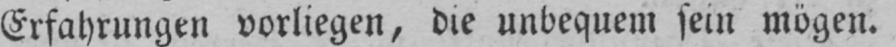
Erfahrungen vorliegen, die unbequem sein mögen.